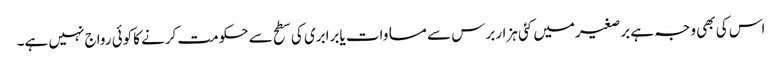
اس کی بھی وجہ ہے برصغیرمیں کئی ہزاربرس سے مساوات یابرابری کی سطح سے حکومت کرنے کاکوئی رواج نہیں ہے۔